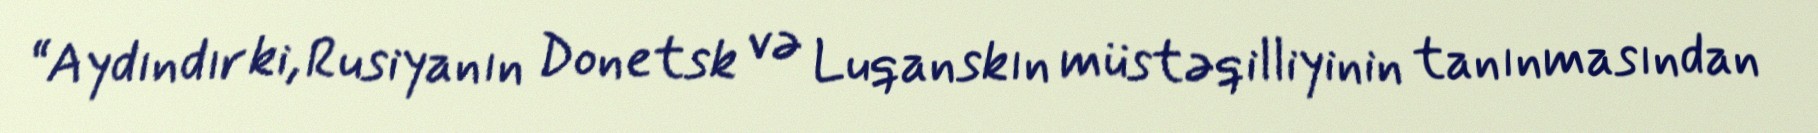
“Aydındır ki, Rusiyanın Donetsk və Luqanskın müstəqilliyinin tanınmasından